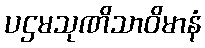
ပဌမသုဏိသာဝိမာနံ